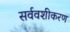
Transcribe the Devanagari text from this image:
सर्ववशीकरण